Plague in India, 1896, 1897 - Volume 1
Year: 1896
Disease focus: Plague
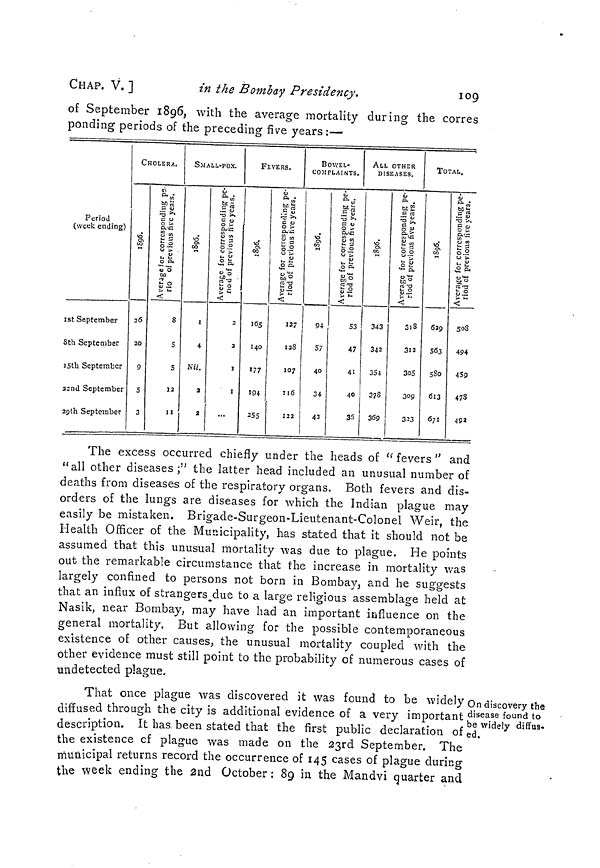
CHAP. V. ]
in the Bombay Presidency.
109
of September 1896, with the average mortality during the corres
ponding periods of the preceding five years :—
Period
(week ending)
1st September
8th September
15th September
32nd September
29th September
CHOLERA,
1896.
26
20
9
5
3
Average for corresponding pe
rio of previous five years.
8
5
S
12
II
SMALL-POX.
S
CO
I
4
N«.
a
2
riod of previous five years.
2
2
I
I
FEVERS.
1896.
165
140
177
194
255
riod of previous five years.
127
128
107
116
122
BOWEL-
COMPLAINTS.
1896.
94
57
40
34
42
riod of previous five years.
53
47
41
40
35
ALL OTHER
DISEASES.
1896.
343
342
354
378
369
riod of previous five years.
318
312
305
309
333
TOTAL.
1896.
629
563
580
613
671
riod of previous five years.
508
494
45p
473
492
The excess occurred chiefly under the heads of " fevers " and
"all other diseases ;" the latter head included an unusual number of
deaths from diseases of the respiratory organs. Both fevers and dis-
orders of the lungs are diseases for which the Indian plague may
easily be mistaken. Brigade-Surgeon-Lieutenant-Colonel Weir, the
Health Officer of the Municipality, has stated that it should not be
assumed that this unusual mortality was due to plague. He points
out the remarkable circumstance that the increase in mortality was
largely confined to persons not born in Bombay, and he suggests
that an influx of strangers due to a large religious assemblage held at
Nasik. near Bombay, may have had an important influence on the
general mortality. But allowing for the possible contemporaneous
existence of other causes, the unusual mortality coupled with the
other evidence must still point to the probability of numerous cases of
undetected plague.
On discovery the
disease found to
be widely diffus.
ed.
That once plague was discovered it was found to be widely
diffused through the city is additional evidence of a very important
description. It has been stated that the first public declaration of
the existence of plague was made on the 23rd September. The
municipal returns record the occurrence of 145 cases of plague during
the week ending the 2nd October : 89 in the Mandvi quarter and